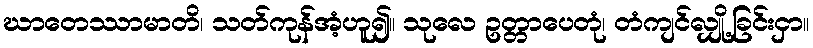
ဃာတေဿာမာတိ၊ သတ်ကုန်အံ့ဟူ၍။ သုလေ ဥတ္တာပေတုံ၊ တံကျင်လျှို့ခြင်းငှာ။